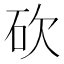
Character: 砍